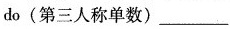
do(第三人称单数)___